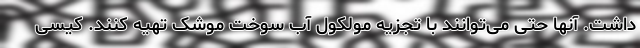
داشت. آنها حتی می‌توانند با تجزیه مولکول آب سوخت موشک تهیه کنند. کیسی